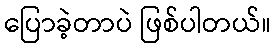
ပြောခဲ့တာပဲ ဖြစ်ပါတယ်။